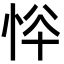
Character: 𢙋